Burma Government Medical School reports 1923-41
Year: 1923
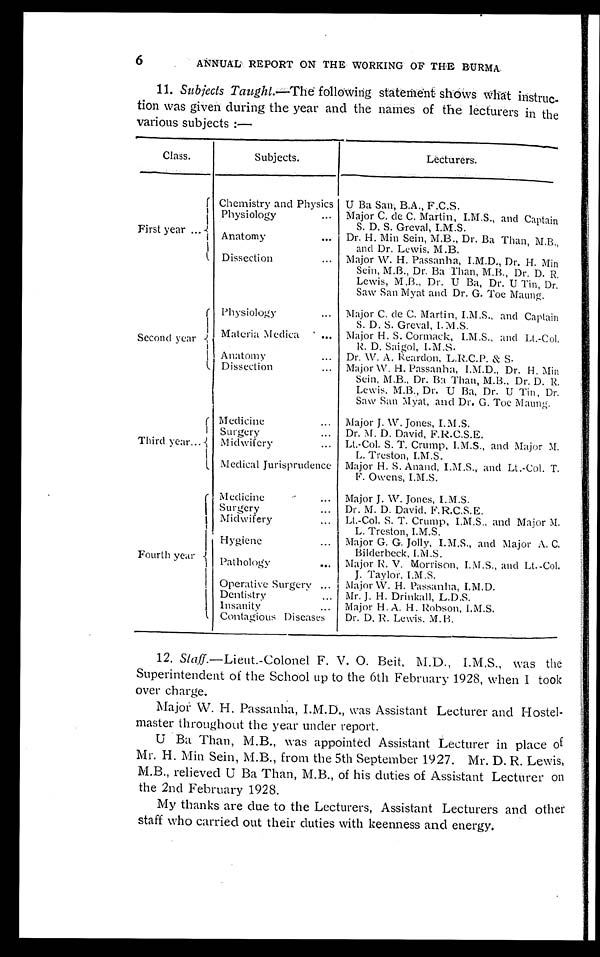
6
ANNUAL REPORT ON THE WORKING OF THE BURMA
11. Subjects Taught.—The
following statement show What instruc
-
tion was given during the year and the names of the lecturers in the
various subjects:—
Class.
Subjects.
Lecturers.
First year . . .
Chemistry and Physics
Physiology
. . .
U Ba San; B.A., F.C.S.
Major C. de C. Martin, I.M.S., and Captain
S. D. S. Greval, I.M.S.
Anatomy . . . Dr. H. Min Sein, M.B., Dr. Ba Than, M.B.,
and Dr. Lewis. M.B.
Dissection
. . . Major W. H. Passanha, I.M.D., Dr. H. Min
Sein, M.B., Dr. Ba 'Than, M.B., Dr. D. R.
Lewis, M.B., Dr. U Ba, Dr. U Tin, Dr.
Saw San Myat and Dr. G. Toe Maung.
Second year
Physiology
. . . Major C. de C. Martin, I.M.S., and Captain
S. D. S. Greval, I.M.S.
Materia Medica
. . . Major H. S. Cormack, I.M.S., and Lt.-Col.
R. D. Saigol, I.M.S.
Anatomy . . . Dr. W. A. Reardon, L.R.C.P. & S.
Dissection . . . Major W. H. Passanha, I.M.D., Dr. H. Min
Sein, M.B., Dr. Ba Than, M.B.. Dr. D. R.
Lewis. M.B., Dr. U Ba, Dr. U Tin, Dr.
Saw San Myat, and Dr. G. Toe Maung.
Third year. . .
Medicine
. . . Major J. W. Jones, I.M.S.
Surgery
. . . Dr. M. D. David, F.R.C.S.E.
Midwifery
. . . Lt.-Col. S. T. Crump, I.M.S., and Major M.
L. Treston, I.M.S.
Medical Jurisprudence Major H. S. Anand, I.M.S., and Lt.-Col. T.
F. Owens, I.M.S.
Fourth year
Medicine
. . . Major J. W. Jones, I.M.S.
Surgery
. . . Dr. M. D. David, F.R.C.S.E.
Midwifery
. . . Lt.-Col. S. T. Crump, I.M.S., and Major M.
L. Treston, I.M.S.
Hygiene
. . . Major G. G. Jolly, I.M.S., and Major A. C.
Bilderbeck, I. M .S .
Pathology
. . . Major R. V. Morrison, I.M.S., and Lt.-Col.
J. Taylor, I.M.S.
Operative Surgery . . . Major W. H. Passanha, I.M.D.
Dentistry. . . Mr. J. H. Drinkall, L.D.S.
Insanity
. . . Major H. A. H. Robson, I.M.S.
Contagious Diseases
Dr. D. R. Lewis. M.B.
12. Staff.— L i e u t . - C o l o n e l F . V . O . B e i t , M . D . , I . M . S . , w a s t h e
Superintendent of the School up to the 6th February 1928, when I took
over charge.
Major W. H. Passanha, I.M.D., was Assistant Lecturer and Hostel
- m a s t e r t h r o u g h o u t t h e y e a r u n d e r r e p o r t .
U Ba Than, M.B., was appointed Assistant Lecturer in place of
Mr. H. Min Sein, M.B., from the 5th September 1927. Mr. D. R. Lewis,
M.B., relieved U Ba Than, M.B., of his duties of Assistant Lecturer on
the 2nd February 1928.
My thanks are due to the Lecturers, Assistant Lecturers and other
staff who carried out their duties with keenness and energy.